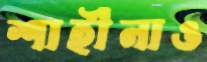
শাহীনাও